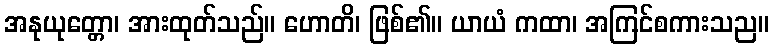
အနုယုတ္တော၊ အားထုတ်သည်။ ဟောတိ၊ ဖြစ်၏။ ယာယံ ကထာ၊ အကြင်စကားသည။